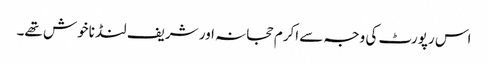
اس رپورٹ کی وجہ سے اکرم حجانہ اور شریف لنڈ ناخوش تھے۔